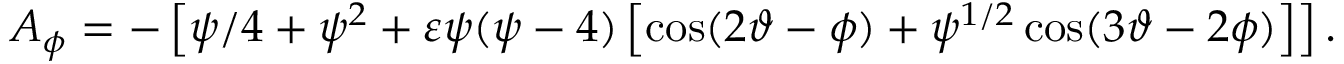
A _ { \phi } = - \left[ \psi / 4 + \psi ^ { 2 } + \varepsilon \psi ( \psi - 4 ) \left[ \cos ( 2 \vartheta - \phi ) + \psi ^ { 1 / 2 } \cos ( 3 \vartheta - 2 \phi ) \right] \right] .